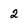
Character: 2